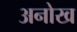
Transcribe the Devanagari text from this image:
अनोख